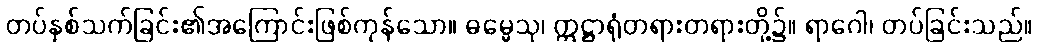
တပ်နှစ်သက်ခြင်း၏အကြောင်းဖြစ်ကုန်သော။ ဓမ္မေသု၊ ဣဋ္ဌာရုံတရားတရားတို့၌။ ရာဂေါ၊ တပ်ခြင်းသည်။